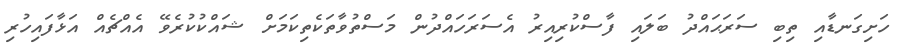
ހަށިގަނޑާއި ތިބި ސަރަޙައްދު ބަލައި ފާސްކުރިއިރު އެސަރަހައްދުން މަސްތުވާތަކެތިކަމަށް ޝައްކުކުރެވޭ އެއްޗެއް އަޅާފައިހުރި